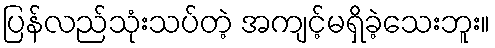
ပြန်လည်သုံးသပ်တဲ့ အကျင့်မရှိခဲ့သေးဘူး။